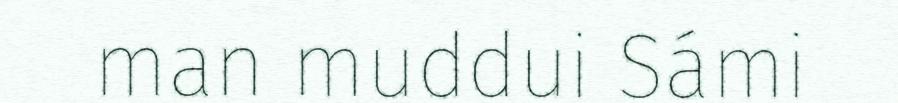
man muddui Sámi